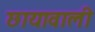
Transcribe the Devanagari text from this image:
छायावाली